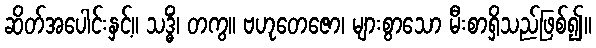
ဆိတ်အပေါင်းနှင့်။ သဒ္ဓိံ၊ တကွ။ ဗဟုတေဇော၊ များစွာသော မီးစာရှိသည်ဖြစ်၍။